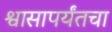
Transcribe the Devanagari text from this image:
श्वासापर्यंतचा